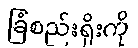
ခြံစည်းရိုးကို